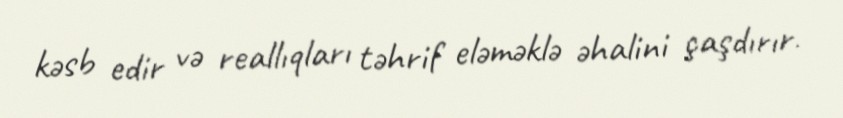
kəsb edir və reallıqları təhrif eləməklə əhalini çaşdırır.